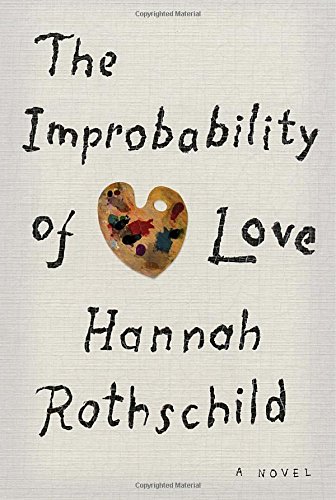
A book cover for The Improbability of Love: A novel; Hannah Rothschild; Literature & Fiction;